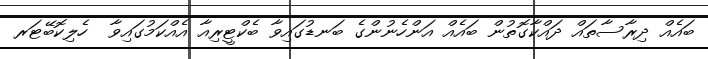
ބައެއް ދިރާސާތައް ދައްކާގޮތުން ބައެއް އަންހެނުންގެ ބަނޑުގައިވާ ބެކްޓީރިއާ އެއްކަމުގައިވާ  ހެލިކޮބޭޓަރ